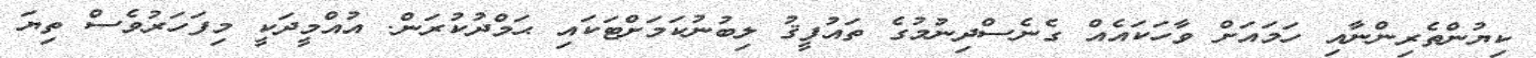
ކިޔުންތެރިންނާއި ހަމައަށް ވާހަކައެއް ގެނެސްދިނުމުގެ ތައުފީޤު ލިބުނުކަމަށްޓަކައި ޙަމްދުކުރަން. އުއްމީދަކީ މިފަހަރުވެސް ތިޔަ